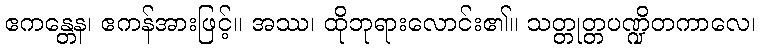
ဧကန္တေန၊ ဧကန်အားဖြင့်။ အဿ၊ ထိုဘုရားလောင်း၏။ သတ္တုတ္တပဏ္ဍိတကာလေ၊